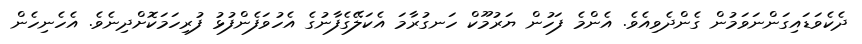
ދެކެވަޑައިގަންނަވަމުން ގެންދެވިއެވެ. އެންމެ ފަހުން ޔަރުމޫކް ހަނގުރާމަ އެކަލޭގެފާނުގެ އެހުވަފެންފުޅު ފުރިހަމަކޮށްދިނެވެ. އެހެނިހެން